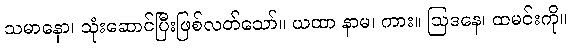
သမာနော၊ သုံးဆောင်ပြီးဖြစ်လတ်သော်။ ယထာ နာမ၊ ကား။ ဩဒနေ၊ ထမင်းကို။